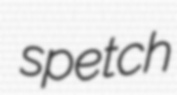
spetch